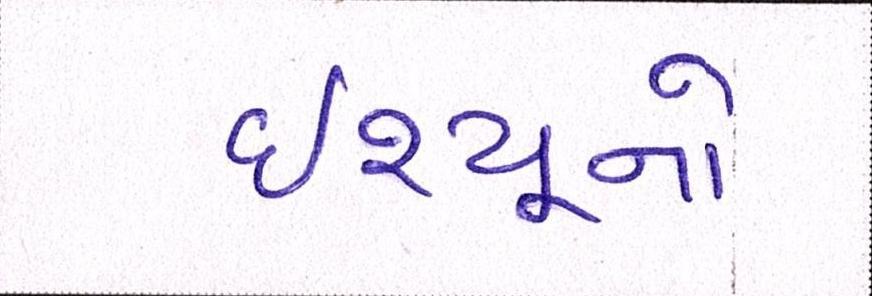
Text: ઇશ્યૂનો